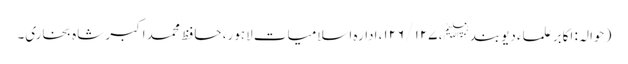
( حوالہ : اکابر علماء دیوبند﷭، ۱۲۷ /۱۲۶، ادارہ اسلامیات لاہور، حافظ محمد اکبر شاہ بخاری۔